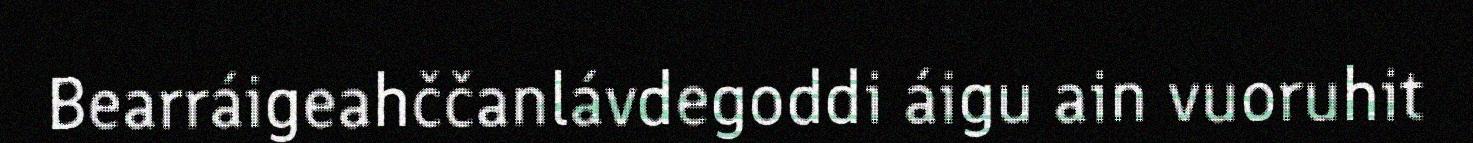
Bearráigeahččanlávdegoddi áigu ain vuoruhit